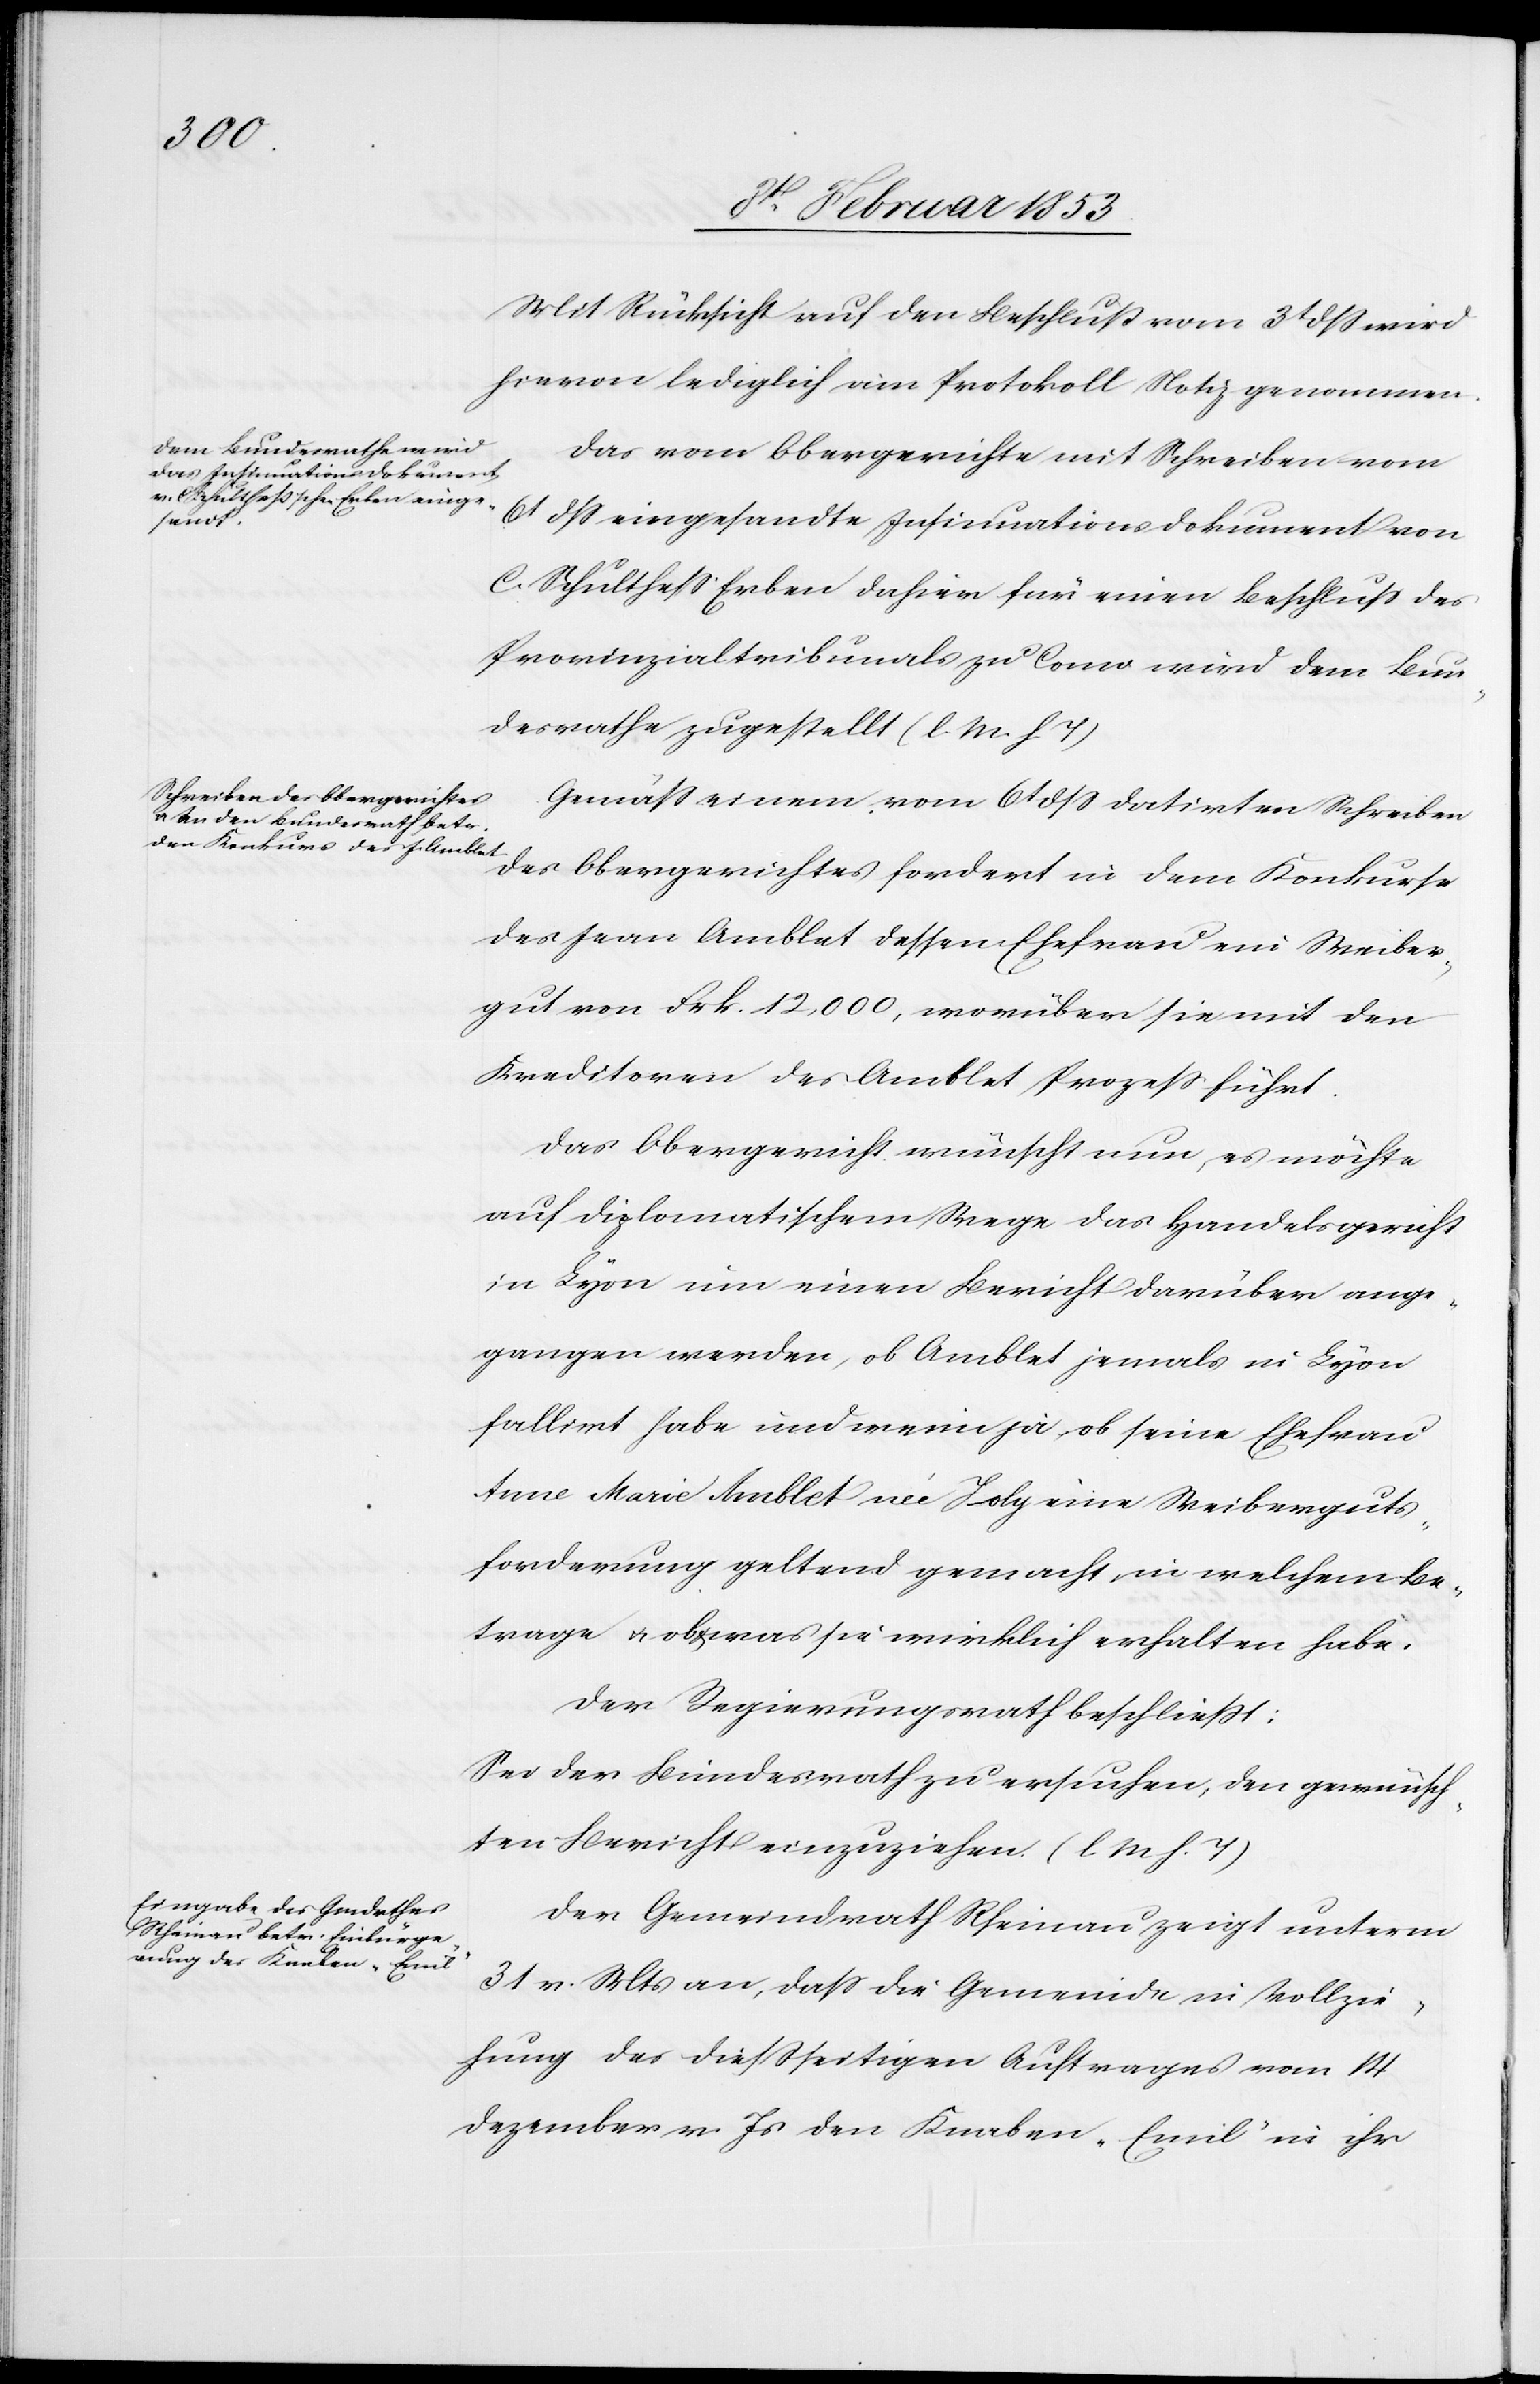
Mit Rücksicht auf den Beschluß vom 31 dß wird
hievon lediglich am Protokoll Notiz genommen.
Das vom Obergerichte mit Schreiben vom
6t. dß eingesandte Insinuationsdokument von
C. Schultheß Erben dahier für einen Beschluß des
Provinzialtribunals zu Como wird dem Bun¬
desrathe zugestellt [l. M. h. T]
Gemäß einem vom 6t. dß datirten Schreiben
des Obergerichtes fordert in dem Konkurse
des Jaan Amblat [sic!] dessen Ehefrau ein Weiber¬
gut von Frk. 12,000, worüber sie mit den
Kreditoren des Amblet Prozeß führt.
Das Obergericht wünscht nun, es möchte
auf diplomatischem Wege das Handelsgericht
in Lyon um einen Bericht darüber ange¬
gangen werden, ob Amblet jemals in Lyon
fallirt habe und wenn ja, ob seine Ehefrau
Anne Marie Amblet nú Joly [sic!] eine Weiberguts¬
forderung geltend gemacht, in welchem Be¬
trage u. ob u. was sie wirklich erhalten habe.
Der Regierungsrath beschließt:
Sei der Bezirksrath zu ersuchen, den gewünsch¬
ten Bericht einzureichen. [l. M. h. T]
Der Gemeindrath Rheinau zeigt unterm
31 v. Mts. an, daß die Gemeinde in Vollzie¬
hung des dießseitigen Auftrages vom 14
Dezember v. Js. den Knaben „Emil“ in ihr